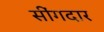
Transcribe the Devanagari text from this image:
सींगदार